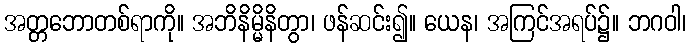
အတ္တဘောတစ်ရာကို။ အဘိနိမ္မိနိတွာ၊ ဖန်ဆင်း၍။ ယေန၊ အကြင်အရပ်၌။ ဘဂဝါ၊